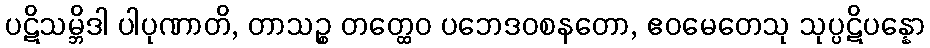
ပဋိသမ္ဘိဒါ ပါပုဏာတိ, တာသဉ္စ တတ္ထေဝ ပဘေဒဝစနတော, ဧဝမေတေသု သုပ္ပဋိပန္နော